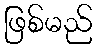
ဖြစ်မည်